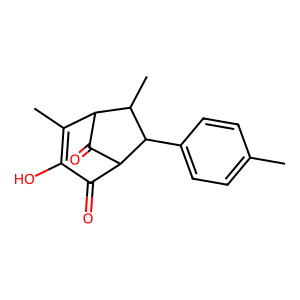
SMILES: CC1=C(O)C(=O)C2C(=O)C1C(C)C2c1ccc(C)cc1
Inhibits HIV replication: No